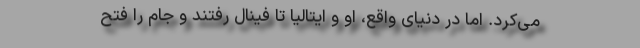
می‌کرد. اما در دنیای واقع، او و ایتالیا تا فینال رفتند و جام را فتح